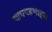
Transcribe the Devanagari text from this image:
चाचपडणाऱ्या